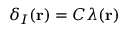
\delta _ { I } ( \mathbf { r } ) = C \lambda ( \mathbf { r } )